Vaccination in Bombay 1874-1876 - 1874-1876
Year: 1874
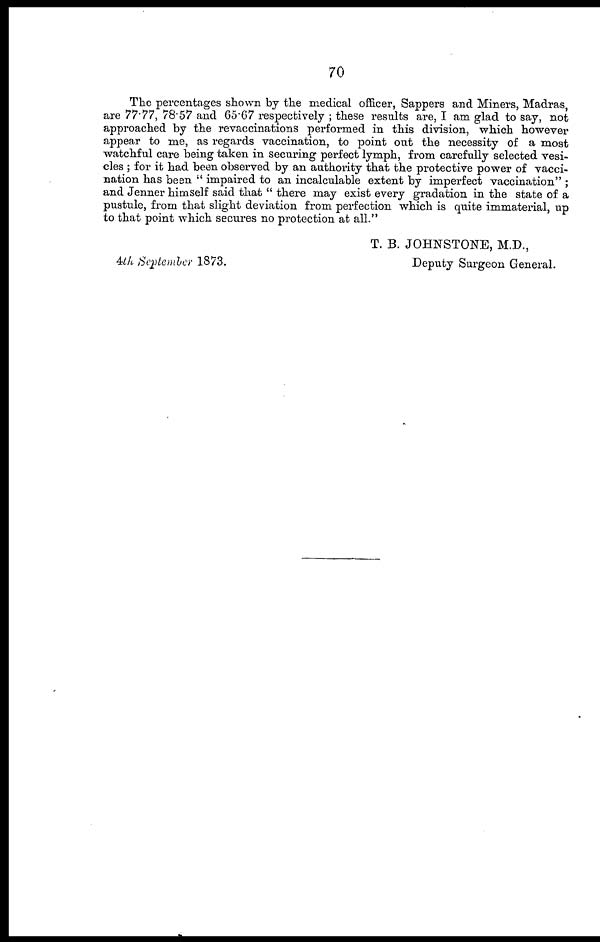
70
The percentages shown by the medical officer, Sappers and Miners, Madras,
are 77.77, 78.57 and 65.67 respectively ; these results are, I am glad to say, not
approached by the revaccinations performed in this division, which however
appear to me, as regards vaccination, to point out the necessity of a most
watchful care being taken in securing perfect lymph, from carefully selected vesi-
cles ; for it had been observed by an authority that the protective power of vacci-
nation has been " impaired to an incalculable extent by imperfect vaccination" ;
and Jenner himself said that " there may exist every gradation in the state of a
pustule, from that slight deviation from perfection which is quite immaterial, up
to that point which secures no protection at all."
T. B. JOHNSTONE, M.D.,
Deputy Surgeon General.
4th September 1873.